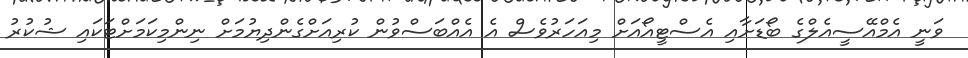
ވަނީ އެމްއޭސީއެލްގެ ބޯޑަށާއި އެސްޓީއޯއަށް މިއަހަރުވެސް އެ އެއްބަސްވުން ކުރިއަށްގެންދިޔުމަށް ނިންމިކަމަށްޓަކައި ޝުކުރު